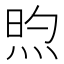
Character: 𬊏